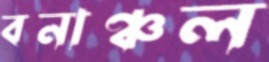
বনাঞ্চল